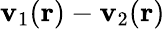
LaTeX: \mathbf{v}_{1}(\mathbf{{r}})-\mathbf{v}_{2}(\mathbf{{r}})